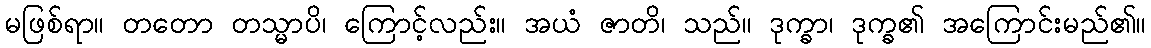
မဖြစ်ရာ။ တတော တသ္မာပိ၊ ကြောင့်လည်း။ အယံ ဇာတိ၊ သည်။ ဒုက္ခာ၊ ဒုက္ခ၏ အကြောင်းမည်၏။